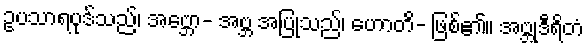
ဥပသာရပုဒ်သည်၊ အဗ္ဘော- အဗ္ဘ အပြုသည်၊ ဟောတိ- ဖြစ်၏။ အဗ္ဘုဒီရိတံ